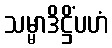
သမ္မာဒိဋ္ဌိံပဟံ